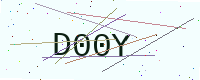
Text: D00Y